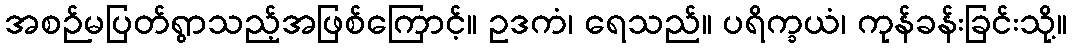
အစဉ်မပြတ်ရွာသည့်အဖြစ်ကြောင့်။ ဥဒကံ၊ ရေသည်။ ပရိက္ခယံ၊ ကုန်ခန်းခြင်းသို့။